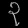
Digit: ၃